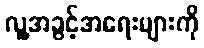
လူ့အခွင့်အရေးများကို